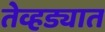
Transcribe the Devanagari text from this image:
तेव्हड्यात